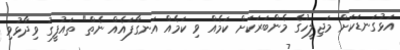
އަޅުގަނޑަކަށް މަޖިލީހުގެ މެންބަރަކަށް ކަމެއް ވި ކަމެއް އަނގާފައެއް ނެތް" ތައުފީގު ވިދާޅުވި